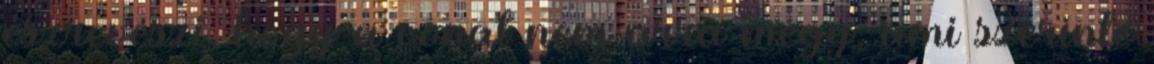
észreveszi, hogy a vonat nem arra megy, ami szerinte